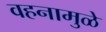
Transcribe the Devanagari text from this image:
वहनामुळे